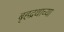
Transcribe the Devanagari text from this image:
बृहद्रथाच्या